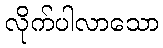
လိုက်ပါလာသော